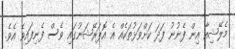
މެލޭޝިއާ އިން ފެނުނު ފަދަ ކަށްވަޅުތަކެއް އެ އޮޕަރޭޝަނުގައި ވެސް ފެނިފައިވެ އެވެ.